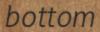
bottom